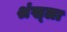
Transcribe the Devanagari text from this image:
श्रंख्ला